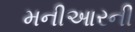
મનીઆરની